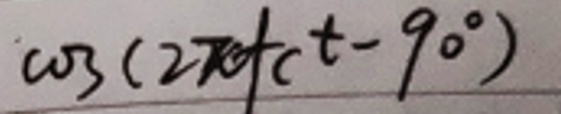
\(\cos(2\pi f_{c}t - 90^{\circ})\)